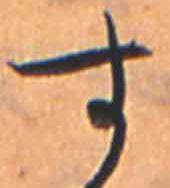
す